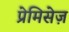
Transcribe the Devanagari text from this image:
प्रेमिसेज़